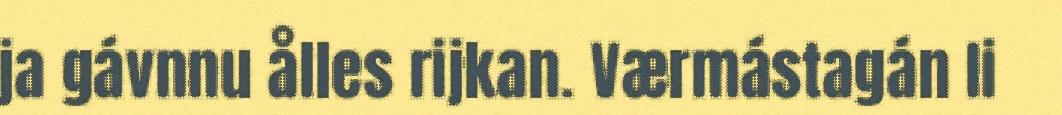
ja gávnnu ålles rijkan. Værmástagán li